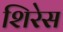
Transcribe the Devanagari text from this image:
शिरेस